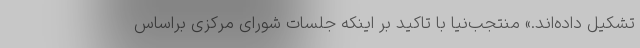
تشکیل داده‌اند.» منتجب‌نیا با تاکید بر اینکه جلسات شورای مرکزی براساس